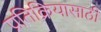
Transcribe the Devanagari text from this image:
प्रतिक्रियासाठी